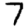
Digit: 7